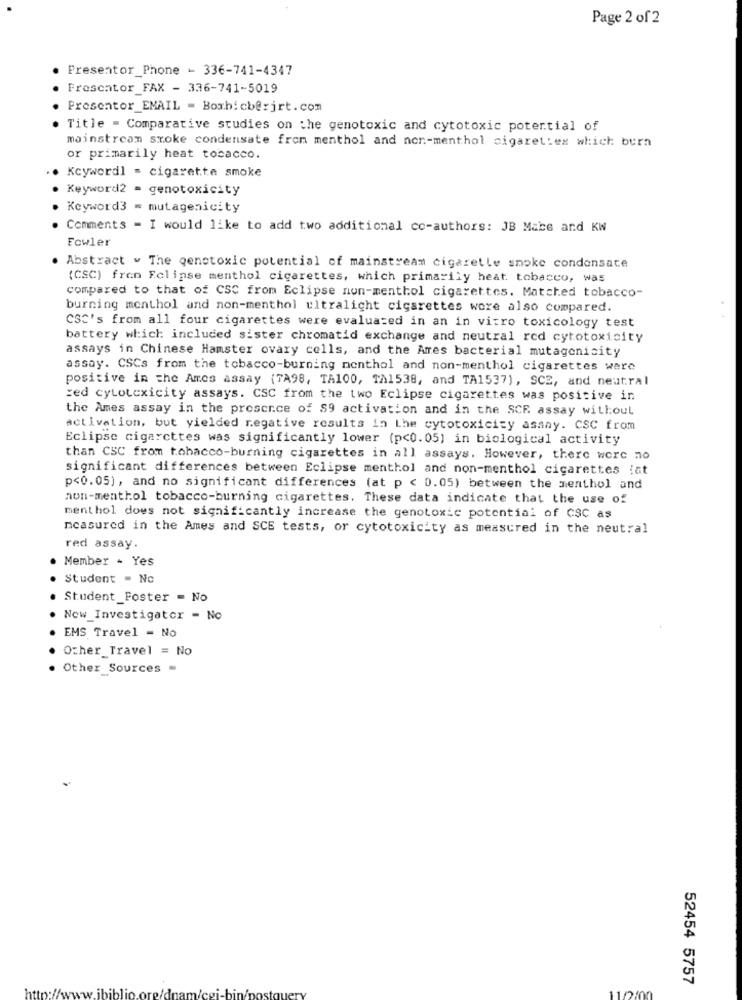
Page 2 of2
Presentor_Phone - 336-741-4347
Frescator FAX - 336-741-5019
Presentor_EMAIL - Boxhicb@:jrt.com
Title = Comparative studies on the genotoxic and cytotoxic potential of
mainstream stoke condensate from menthol and non-menthol cigarettes which burn
or primarily heat tobacco.
Keywordl = cigarette smoke
Keyword2 = genotoxicity
Keyword3 = mutagenicity
Comments - I would like to add two additional co-authors: JB Mabe and KW
Fowler
Abstract . The genotoxic potential of mainstream cigarette smoke condensate
(CSC) from Eclipse menthol cigarettes, which primarily heat. tobacco, was
compared to that of CSC from Eclipse non-menthol cigarettes. Matched tobacco-
burning menthol and non-menthol ultralight cigarettes wore also compared.
CSC's from all four cigarettes were evaluated in an in vitro toxicology test
battery which included sister chromatid exchange and neutral red cytotoxicity
assays in Chinese Hamster ovary cells, and the Arres bacterial mutagenicity
assay. CSCs from the tobacco-burning menthol and non-menthol cigarettes were
positive in the Ames assay (TA98, TA100, TA1538, and TA1537), SCZ, and neutral
zed cytotexicity assays. CSC from the two Eclipse cigarettes was positive in
the Ames assay in the presence of $9 activation and in the SCR assay without
activation, but yielded negative results in Lhe cytotoxicity asany. CSC from
Eclipse cigarettes was significantly lower (p<0.05] in biological activity
than CSC from tobacco-burning cigarettes in all assays. However, there were no
significant differences between Eclipse menthol and non-menthol cigarettes fat
p<0.05), and no significant differences (at p < 0.05) between the menthol and
non-menthol tobacco-burning cigarettes. These data indicate that the use of
menthol does not significantly increase the genotoxic potential of CSC as
measured in the Ames and SCE tests, or cytotoxicity as measured in the neutral
red assay.
Member - Yes
Student - Nc
Student_Foster = No
New_Investigator - No
EMS Travel - No
Other Travel = No
Other Sources =
52454 5757
11/2100